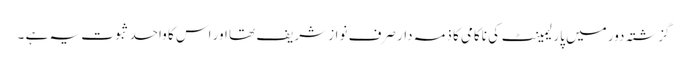
گزشتہ دور میں پارلیمینٹ کی ناکامی کا ذمہ دار صرف نواز شریف تھا اور اس کا واحد ثبوت یہ ہے ۔